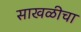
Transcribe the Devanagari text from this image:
साखळीचा